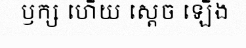
ឫក្ស ហើយ ស្តេច ឡើង